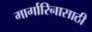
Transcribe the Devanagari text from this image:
मार्गारिनासाठी